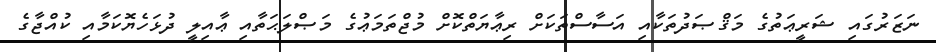
ނަޒަރުގައި ޝަރީޢަތުގެ މަޤްޞަދުތަކާއި އަސާސްތަކަށް ރިޢާޔަތްކޮށް މުޖްތަމަޢުގެ މަޞްލަޙަތާއި ޢާއިލީ ދުޅަހެޔޮކަމާއި ކުއްޖާގެ